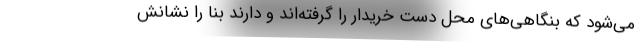
می‌شود که بنگاهی‌های محل دست خریدار را گرفته‌اند و دارند بنا را نشانش